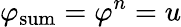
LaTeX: \varphi_{\mathrm{sum}}=\varphi^{n}=u